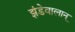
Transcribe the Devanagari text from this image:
झंडेवालान्